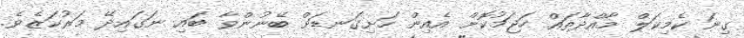
ގިނަ ކެމިކަލް މާއްދާތައް ހަޖަމުކޮށް އެއިން ހަށިގަނޑަށް ބޭނުންވާ ބައި ނަގައިދޭ މަރުކަޒެވެ.